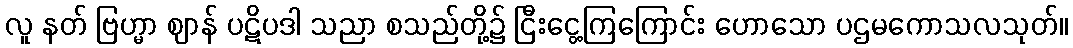
လူ နတ် ဗြဟ္မာ ဈာန် ပဋိပဒါ သညာ စသည်တို့၌ ငြီးငွေ့ကြကြောင်း ဟောသော ပဌမကောသလသုတ်။